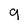
Character: g